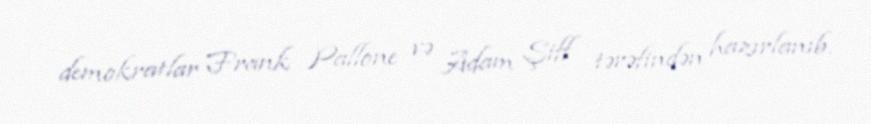
demokratlar Frank Pallone və Adam Şiff tərəfindən hazırlanıb.